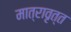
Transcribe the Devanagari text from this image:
मात्रावृत्त